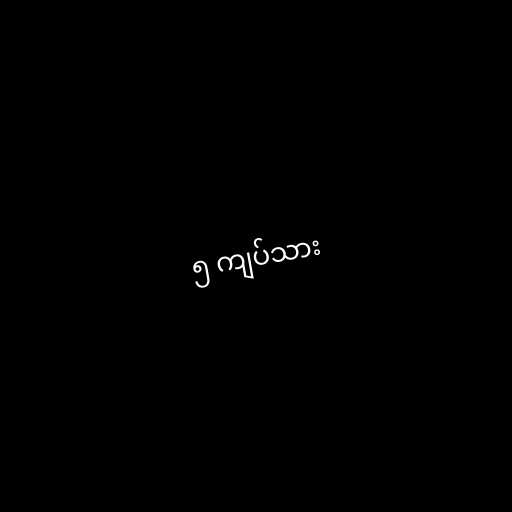
၅ ကျပ်သား